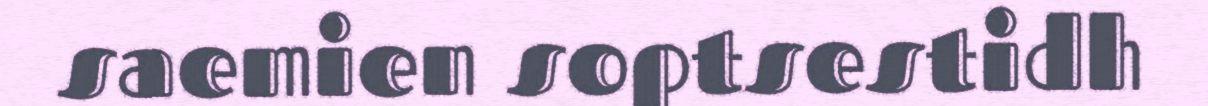
saemien soptsestidh